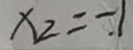
x _ { 2 } = - 1